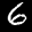
Label: 6